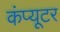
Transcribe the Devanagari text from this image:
कंंप्यूटर